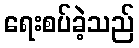
ရေးစပ်ခဲ့သည်